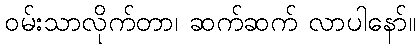
ဝမ်းသာလိုက်တာ၊ ဆက်ဆက် လာပါနော်။